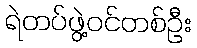
ရဲတပ်ဖွဲ့ဝင်တစ်ဦး